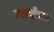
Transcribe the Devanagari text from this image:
रसयोजना